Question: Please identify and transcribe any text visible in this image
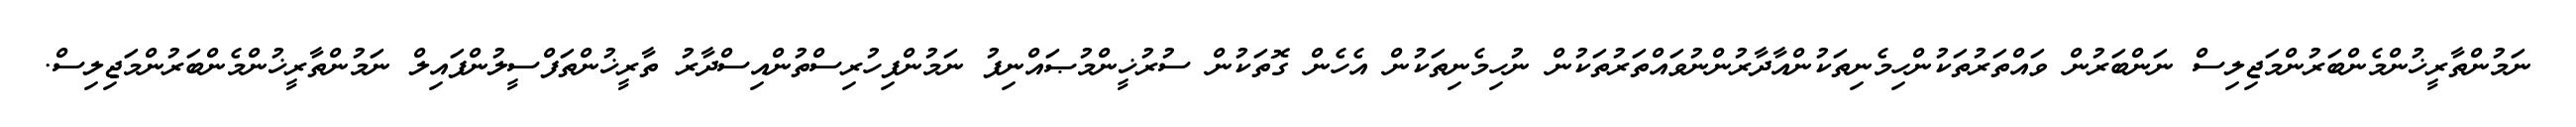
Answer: ނަމުންތާރީޚުންމެންބަރުންމަޖިލިސް ނަންބަރުން ވައްތަރުތަކުންހިމެނިތަކުންއާދާރުންނުވައްތަރުތަކުން ނުހިމެނިތަކުން އެހެން ގޮތަކުން ސުރުޚީންމުޞައްނިފު ނަމުންފިހުރިސްތުންއިސްދާރު ތާރީޚުންތަފްސީލުންފައިލް ނަމުންތާރީޚުންމެންބަރުންމަޖިލިސް.